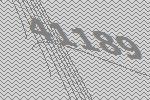
41189